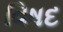
વિષદ